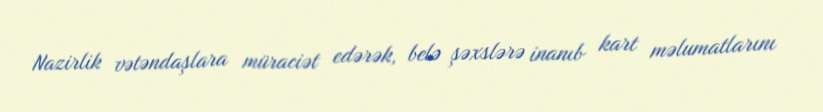
Nazirlik vətəndaşlara müraciət edərək, belə şəxslərə inanıb kart məlumatlarını